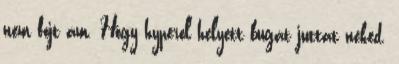
nem fojt ám. Hogy hyperol helyett bugát juttat neked.